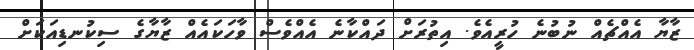
ޒާޔާ އެއްޗެއް ނުބުނެ ހުރީއެވެ. އިތުރަށް ދައްކާނެ އެއްވެސް ވާހަކައެއް ޒާޔާގެ ސިކުނޑިއަކަށް